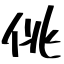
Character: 佻